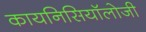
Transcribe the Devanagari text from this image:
कायनिसियॉलोजी